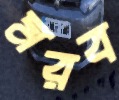
মরব